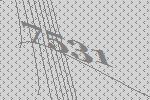
7531